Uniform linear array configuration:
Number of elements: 64
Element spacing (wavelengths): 0.75
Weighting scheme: hamming
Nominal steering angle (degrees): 0
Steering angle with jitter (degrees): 1.96
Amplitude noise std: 0.05
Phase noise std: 0.05

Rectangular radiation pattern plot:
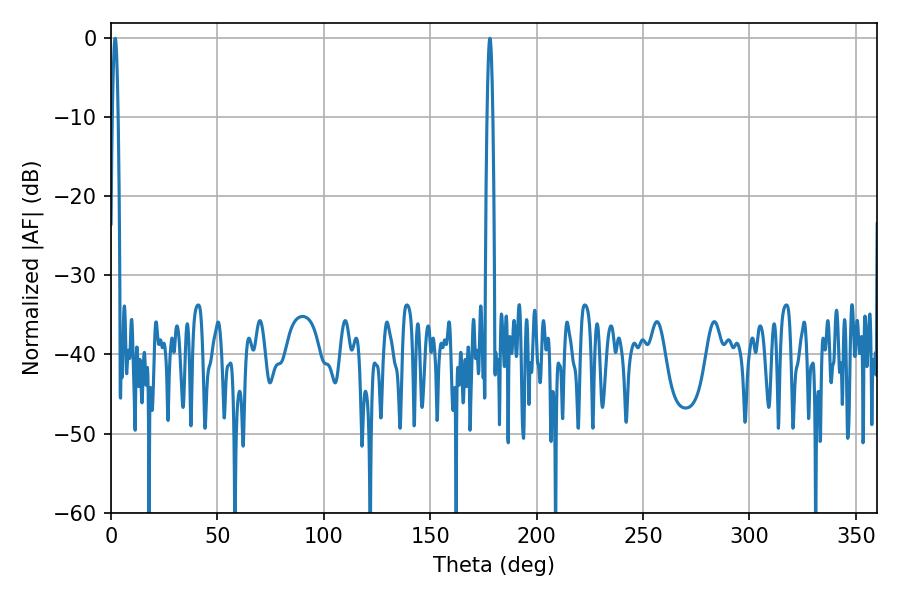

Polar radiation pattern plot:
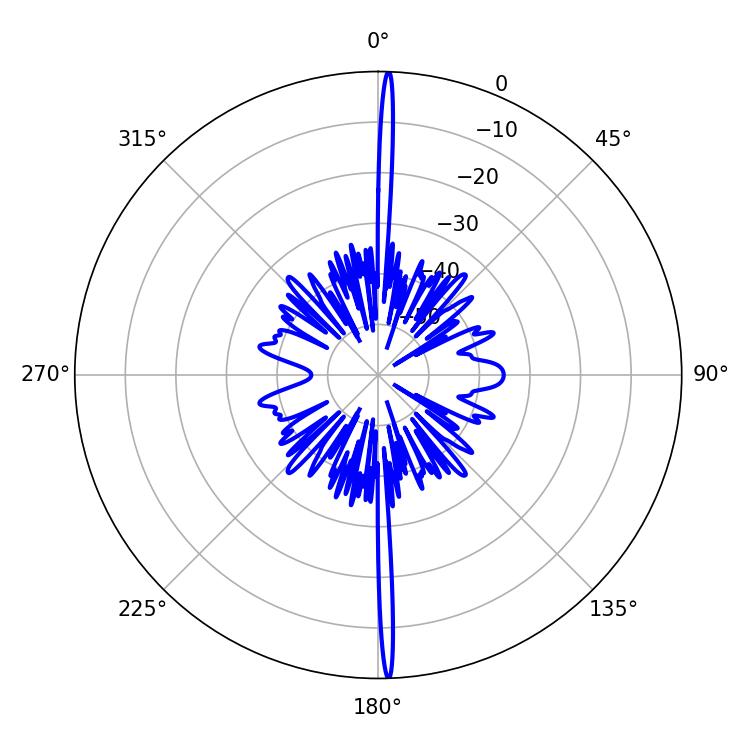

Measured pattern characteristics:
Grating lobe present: TRUE
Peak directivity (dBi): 30.044
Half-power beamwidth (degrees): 1.44
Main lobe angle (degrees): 178.02